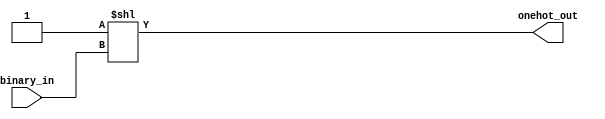
module onehottobinary(binary_in,onehot_out);
parameter binary_width=4;
parameter onehot_width=16;
input [binary_width-1:0]binary_in;
output [onehot_width-1:0]onehot_out;
assign onehot_out=1'b1<<binary_in;
endmodule